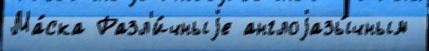
Ма́ска Разл'и́чныjе англоjазы́чным